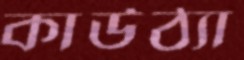
কাউঠ্যা